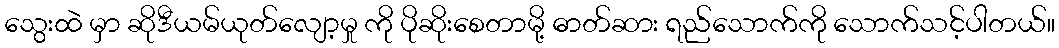
သွေးထဲ မှာ ဆိုဒီယမ်ယုတ်လျော့မှု ကို ပိုဆိုးစေတာမို့ ဓာတ်ဆား ရည်သောက်ကို သောက်သင့်ပါတယ်။